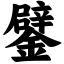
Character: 鐾